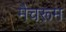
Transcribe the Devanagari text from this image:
मैचरूम